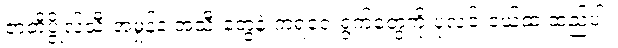
ဇာတိပ္ဇိုလ်သီးအမှုန့်နဲ့ အသီးတွေနဲ့ ကရဝေးရွက်တွေကို ပုလင်းငယ်ထဲ ထည့်ပါ။